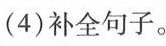
(4)补全句子。